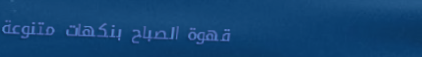
قهوة الصباح بنكهات متنوعة